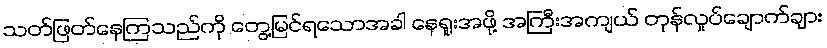
သတ်ဖြတ်နေကြသည်ကို တွေ့မြင်ရသောအခါ နေရူးအဖို့ အကြီးအကျယ် တုန်လှုပ်ချောက်ချား